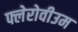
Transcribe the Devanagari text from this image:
फ्लेरोवीउम